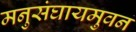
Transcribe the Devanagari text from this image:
मनुसंघायमुवनं